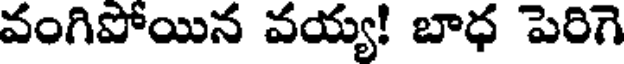
వంగిపోయిన వయ్య! బాధ పెరిగె